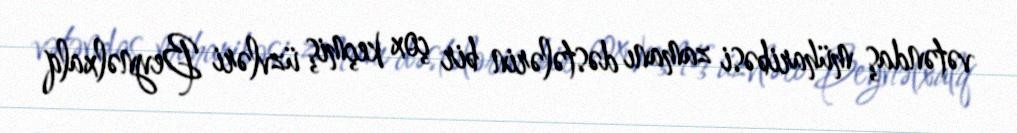
vətəndaş müharibəsi zamanı dəstələrin bir çox keçmiş üzvləri Beynəlxalq